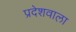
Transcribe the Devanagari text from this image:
प्रदेशवाला